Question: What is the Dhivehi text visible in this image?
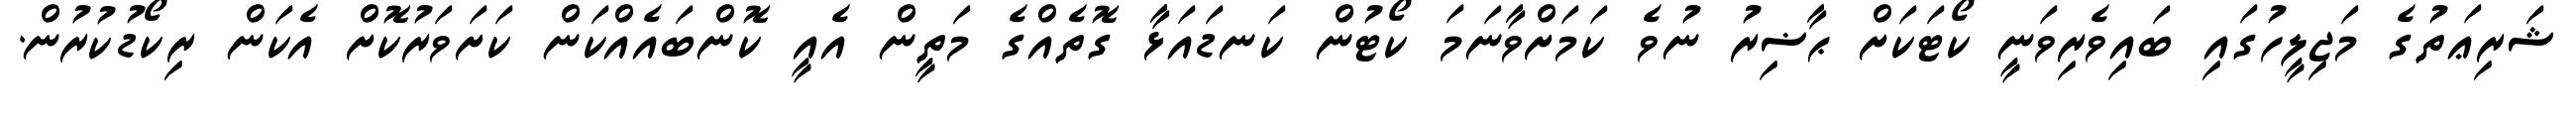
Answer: ޝަރިޢަތުގެ މަޖިލީހުގައި ބައިވެރިވަނީ ކޯޓަކަށް ޙާޟިރު ނުވެ ކަމަށްވާނަމަ ކޯޓުން ކަނޑައަޅާ ގޮތެއްގެ މަތީން އެއީ ކޮންބައެއްކަން ކަށަވަރުކޮށް އެކަން ރިކޯޑުކުރުން.